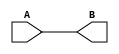
module my_buffer (A, B);
  input A;
  output B;
  assign B=A;
endmodule